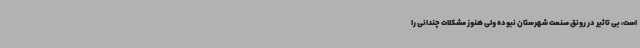
است، بی تاثیر در رونق صنعت شهرستان نبوده ولی هنوز مشکلات چندانی را